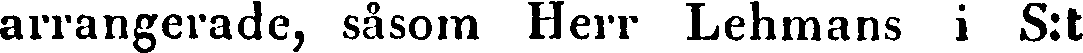
arrangerade, såsom Herr Lehmans i S:t